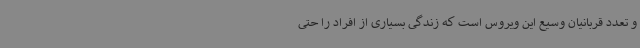
و تعدد قربانیان وسیع این ویروس است که زندگی بسیاری از افراد را حتی